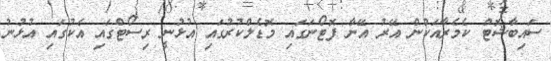
ސައިބާޝޮޓް ކެމެރާއަކުން އޭރު އޭނާ ފޮޓޯނަގައި މޮޑެލްކުރުގައި އުޅުނީ ރިސޯޓްގައި އެކުގައި އުޅުނު